Indian journal of veterinary science and animal husbandry - Volume 6,
Year: 1936
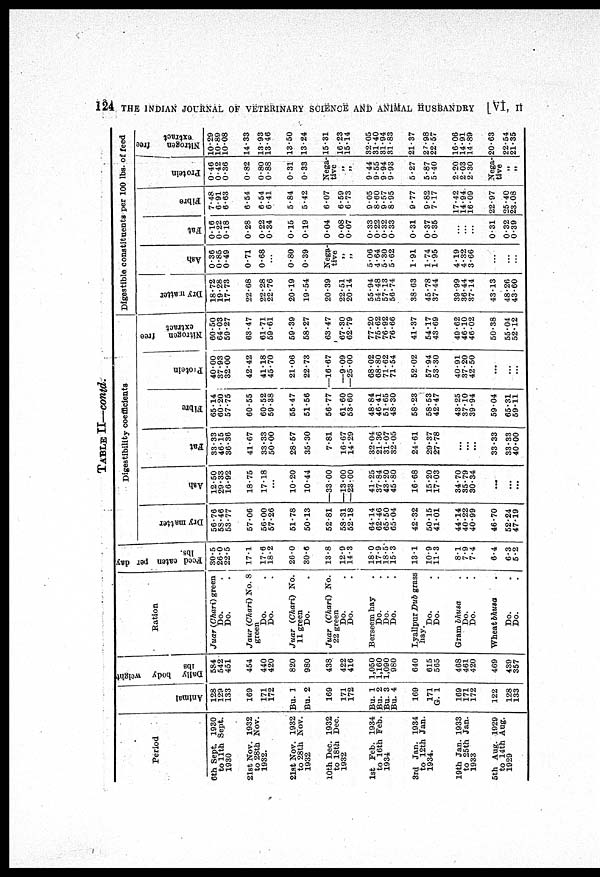
124 THE INDIAN JOURNAL OF VETERINARY SCIENCE AND ANIMAL HUSBANDRY
[VI, II
TABLE II—contd.
Period
6th Sept. 1930
to 11th Sept.
1930
21st Nov. 1932
to 28th Nov.
1932.
21st Nov. 1932
to 28th Nov.
1932
10th Dec. 1932
to 18th Dec.
1932
1st Feb. 1934
to 16th Feb.
1934
3rd Jan. 1934
to 12th Jan.
1934.
19th Jan. 1933
to 25th Jan.
1933
6th Aug. 1929
to 14th Aug.
1929
Animal
128
129
133
169
171
172
Bu. 1
Bu. 2
169
171
172
Bu. 1
Bu. 2
Bu. 3
Bu. 4
169
171
G. 1
169
171
172
122
128
133
Dally body weight
lbs
584
542
451
454
440
420
820
980
438
422
416
1,050
1,160
1,090
980
640
615
565
468
461
420
469
439
357
Ration
Juar (Chari) green
Do.
Do.
Jaur (Chari) No. 8
green
Do.
Do.
Juar (Chari) No.
11 green
Do.
Juar (Chari) No.
22 green
Do.
Do.
Bersecm hay
Do.
Do.
Do.
Lyallpur Dub grass
hay.
Do.
Do.
Gram bhusa
Do.
Do.
Wheat bhusa
Do.
Do.
Feed eaten per day
lbs.
30.5
26.0
22.5
17.1
17.6
18.2
26.0
30.6
13.8
12.9
14.3
18.0
17.9
18.5
15.3
13.1
10.9
11.3
8.1
7.9
7.4
6.4
6.3
5.2
Dr y mat t er
56.76
58.46
53.77
57.06
56.00
57.26
51.78
50.13
52.81
58.31
52.18
64.14
62.46
65.50
65.04
42.32
50.15
41.01
44.14
40.22
40.99
46.70
52.24
47.19
Digestibility coefficients
Ash
12.50
29.33
16.92
18.75
17.18
10.20
10.44
—33.00
—13.00
—23.00
41.25
37.84
43.20
45.80
16.68
15.20
17.03
34.70
35.79
30.34
...
...
...
Fat
33.33
46.15
36.36
41.67
33.33
50.00
28.57
35.30
7.81
16.67
14.29
32.04
21.36
31.07
32.05
24.61
29.37
27.78
...
...
...
33.33
33.33
40.00
Fibre
65.14
60.20
57.75
60.55
60.52
59.38
55.47
51.56
56.77
61.60
53.60
48.84
46.41
51.65
48.30
58.23
58.53
42.47
43.25
37.10
39.94
59.04
65.31
59.11
Protein
40.00
37.93
32.00
42.42
41.18
45.70
21.06
22.73
—16.67
—9.09
—25.00
68.02
68.80
71.62
71.54
52.02
57.94
53.30
40.91
37.20
42.50
...
:::
Nitrogen free
extract
60.50
64.03
59.27
63.47
61.71
59.61
59.39
58.27
63.47
67.30
62.79
77.20
75.62
76.92
76.66
41.37
54.17
43.69
49.62
46.10
46.02
50.38
55.04
52.12
Digestible constituents per 100 lbs. of feed
Dry iratter
18.72
19.28
17.73
22.68
22.28
22.76
20.19
19.54
20.39
22.51
20.14
55.94
54.48
57.13
56.74
38.63
45.78
37.44
39.99
36.44
37.14
43.13
48.26
43.60
Ash
0.36
0.85
0.49
0.71
0.68
0.80
0.39
Nega-
tive
„
„
5.06
4.64
5.30
5.62
1.91
1.74
1.95
4.19
4.32
3.66
...
...
...
Fat
0.16
0.22
0.18
0.28
0.22
0.34
0.15
0.19
0.04
0.08
0.07
0.33
0.22
0.32
0.33
0.31
0.37
0.35
...
...
...
0.31
0.32
0.39
Fibre
7.48
6.91
6.63
6.54
6.54
6.41
5.84
5.42
6.07
6.59
6.73
9.05
8.60
9.57
8.95
9.77
9.82
7.17
17.42
14.94
16.09
22.97
25.40
23.08
Protein
0.46
0.42
0.36
0.82
0.80
0.88
0.31
0.33
Nega-
tive
„
„
9.44
9.55
9.94
9.93
5.27
5.87
5.40
2.20
2.03
2.30
Nega-
tive
„
„
Nitrogen
free
extract
10.29
10.89
10.08
14.33
13.93
13.46
13.50
13.24
15.31
16.23
15.14
32.05
31.40
31.94
31.83
21.37
27.98
22.57
16.06
14.91
14.89
20.63
22.54
21.35